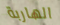
الهاربة